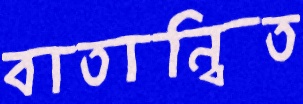
বাতান্বিত